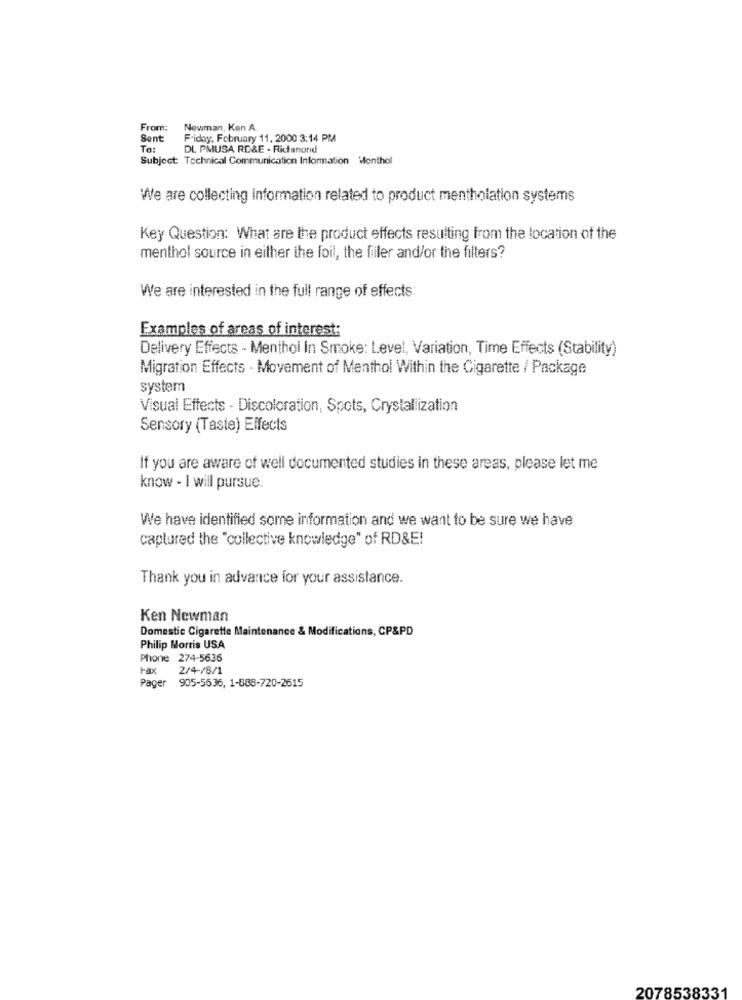
From:
Newman, Ken A.
Sent
Friday, February 11, 2000 3:14 PM
To:
DL PMUSA RD&E - Ridanonid
Subject: Technical Communication Information Menthol
We are collecting information related to product mentholation systems
Key Question: What are the product effects resulting from the location of the
menthol source in either the foil, the fiiler and/or the filters?
We are interested in the full range of effects:
Examples of areas of interest:
Delivery Effects - Menthol In Smoke: Level, Variation, Time Effects (Stability)
Migration Effects - Movement of Menthol Within the Cigarette / Package
system
Visual Effects - Discoloration, Spots, Crystallization
Sensory (Taste) Effects
If you are aware of well documented studies in these areas, please let me
know - I will pursue.
We have identified some information and we want to be sure we have
captured the "collective knowledge" of RD&E!
Thank you in advance for your assistance.
Ken Newman
Domestic Cigarette Maintenance & Modifications, CP&PD
Philip Morris USA
Phone 274-5636
Pax
2/4-/8/1
Pager
905-5636, 1-888-720-2615
2078538331